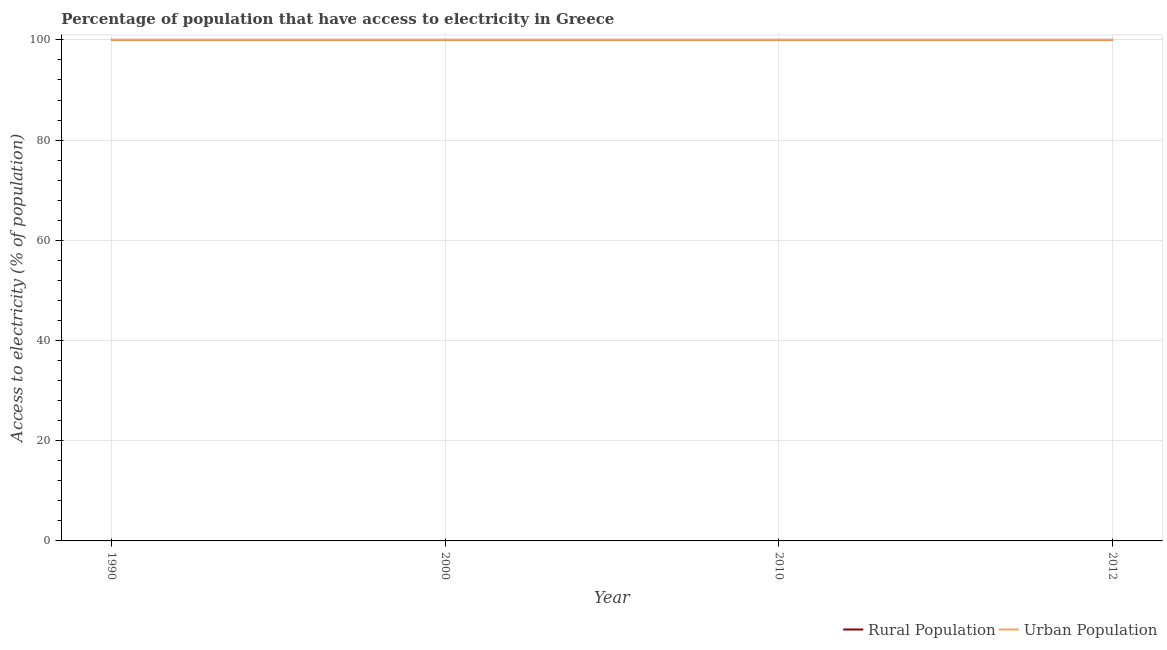
| Year | Rural Population | Urban Population |
 | --- | --- | --- |
 | 1990 | 100 | 100 |
 | 2000 | 100 | 100 |
 | 2010 | 100 | 100 |
 | 2012 | 100 | 100 |